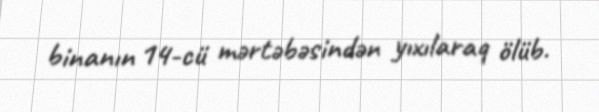
binanın 14-cü mərtəbəsindən yıxılaraq ölüb.